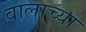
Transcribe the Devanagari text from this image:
वालाच्या